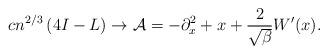
LaTeX: \begin{align*}cn^{2/3}\left(4I -L\right) \rightarrow \mathcal{A}=- \partial_{x}^2 +x +\frac{2}{\sqrt{\beta}}W'(x) . \end{align*}